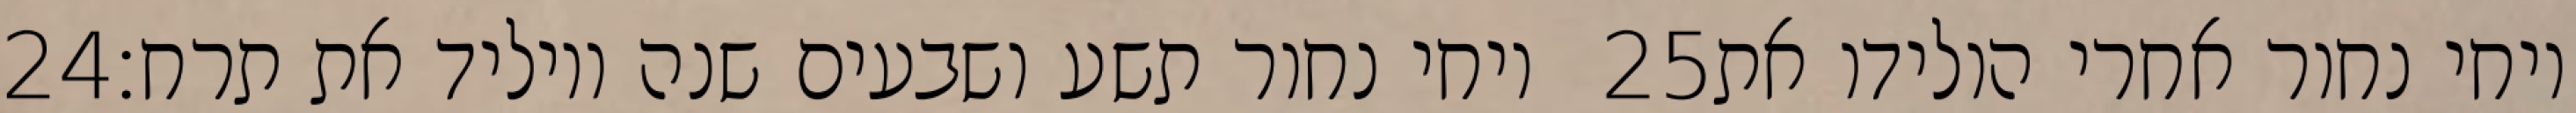
‎24‏ ויחי נחור תשע ושבעים שנה ויוליד את תרח׃ ‎25‏ ויחי נחור אחרי הולידו את